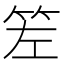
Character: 𥬢